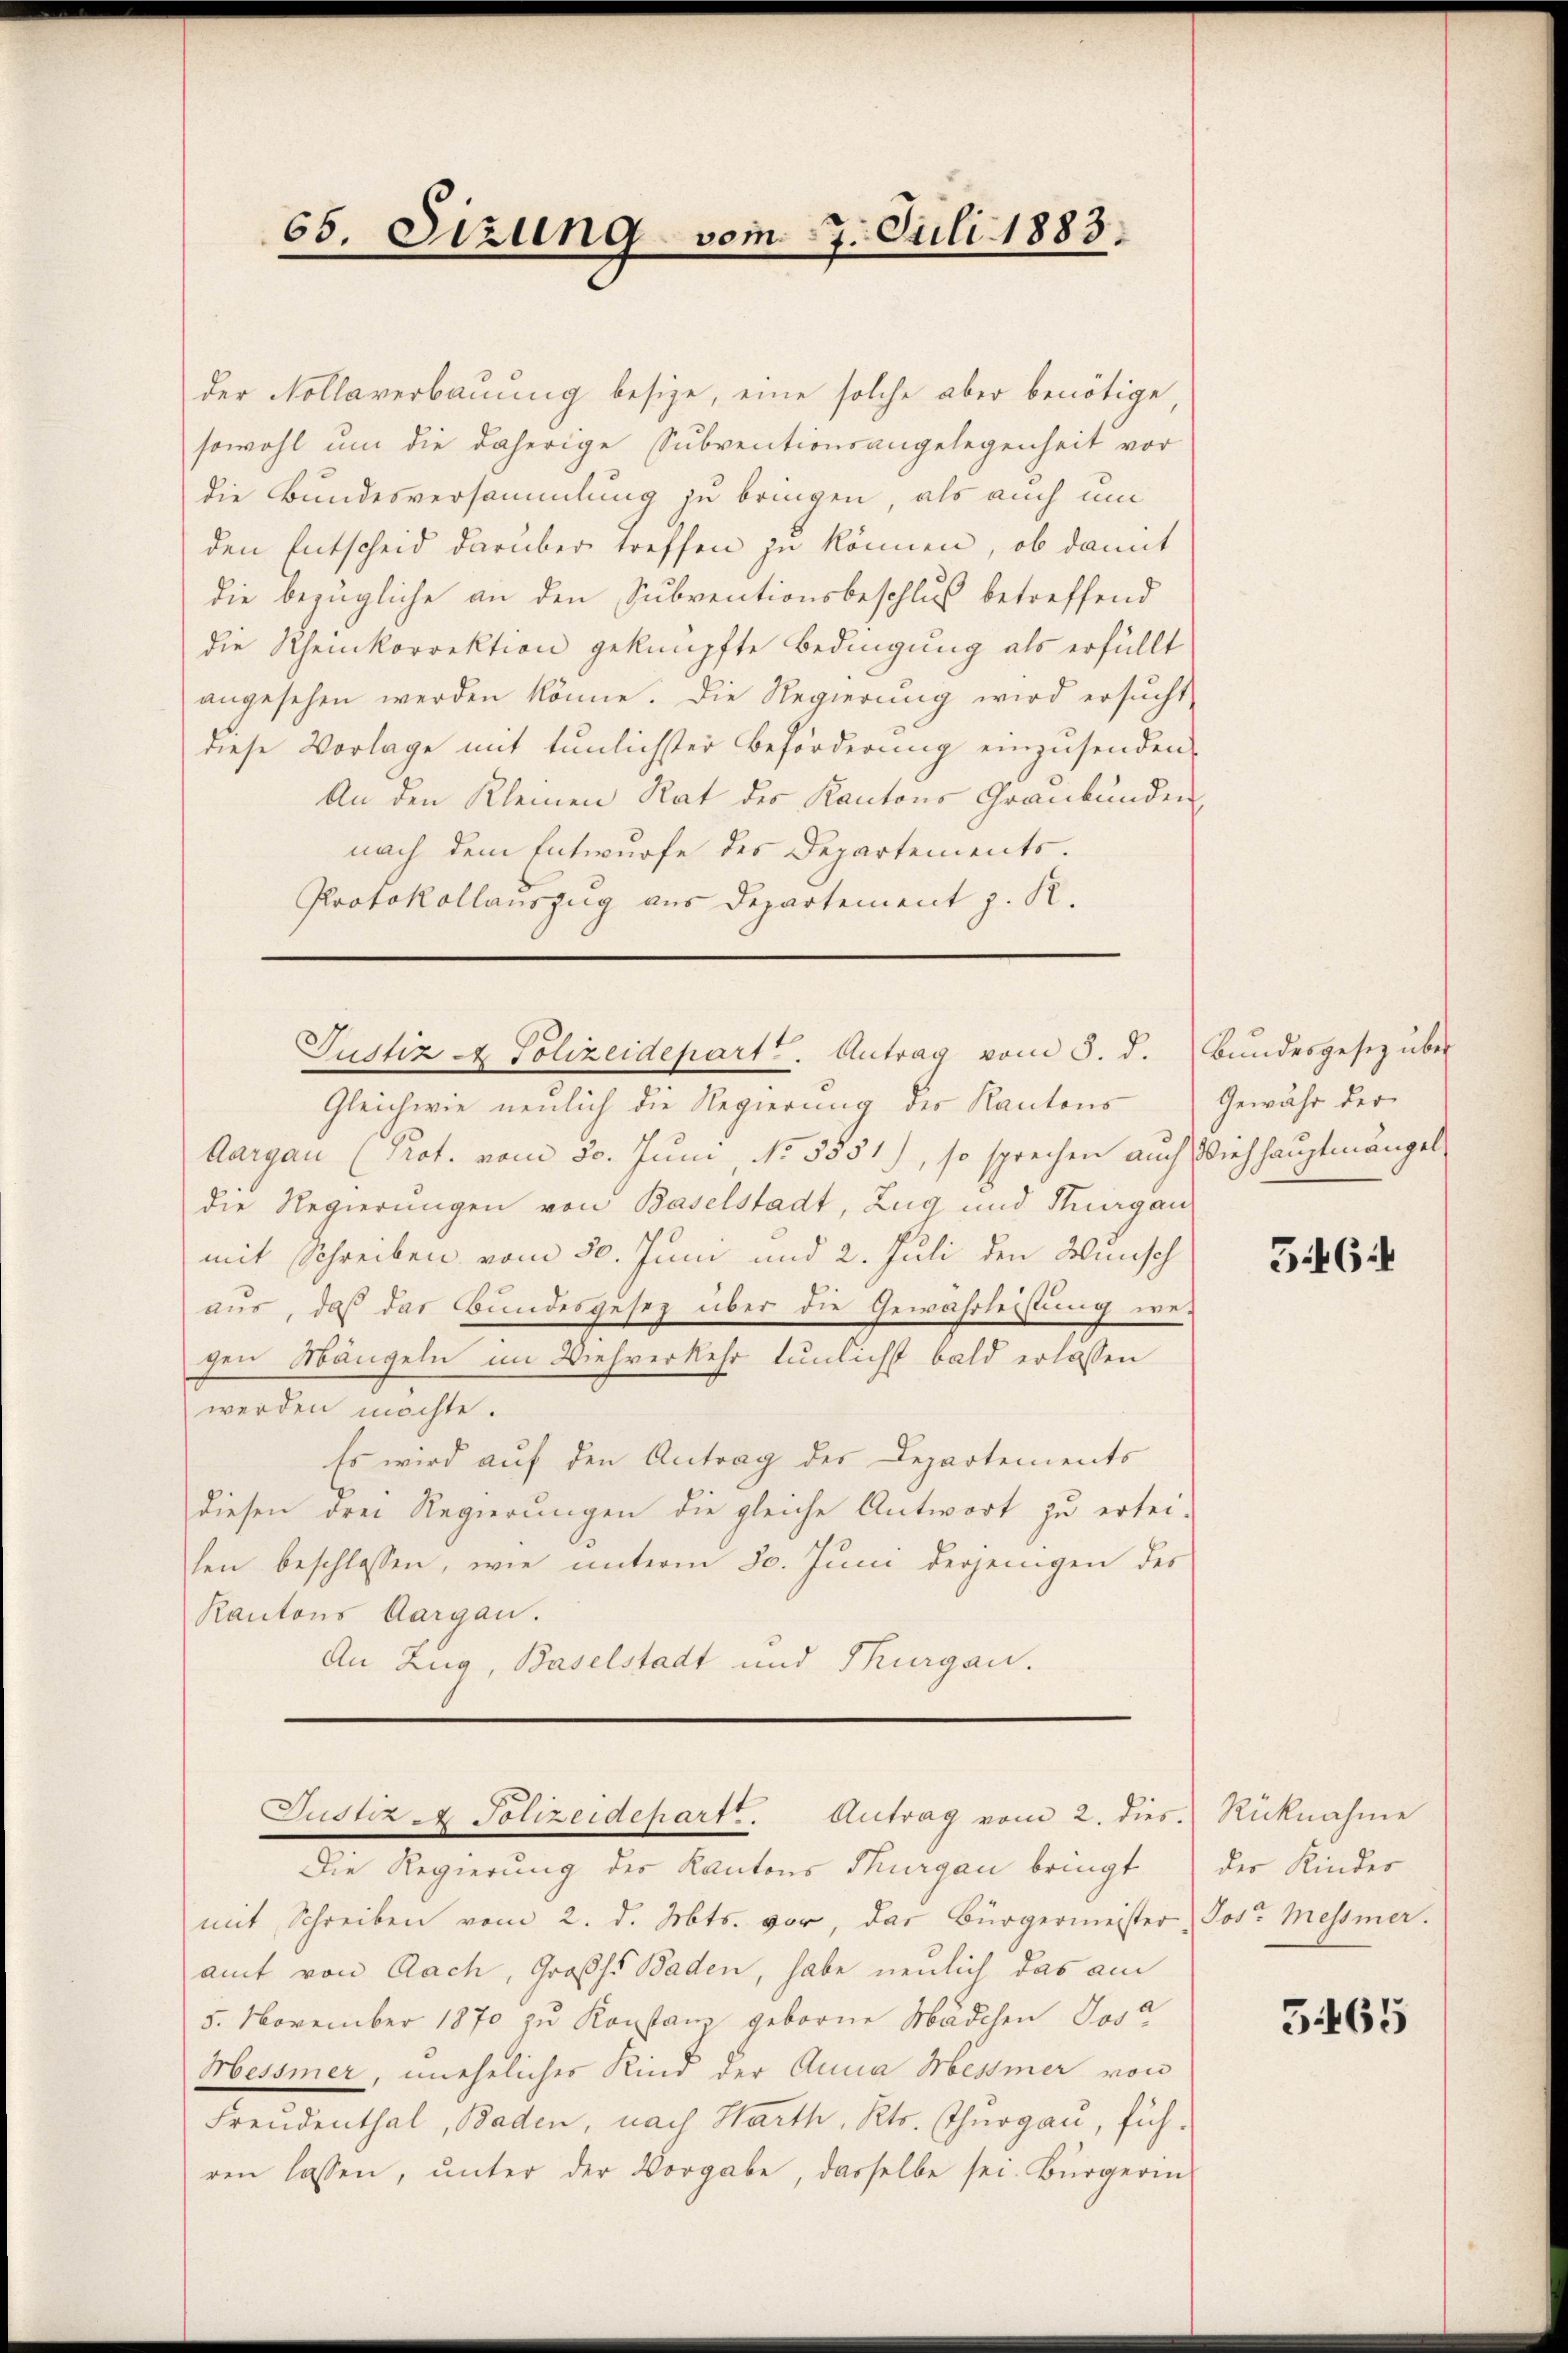
65. Sizung vom 17. Juli 1883.

der Kollaverbauung besize, eine solche aber benötige,
sowohl um die daherige Subventionsangelegenheit vor
die Bundesversammlung zu bringen, als auch um
den Entscheid darüber treffen zu können, ob damit
die bezügliche an den Subventionsbeschluß betreffend
die Rheinkorrektion geknüpfte Bedingung als erfüllt
angesehen werden könne. Die Regierung wird ersucht
diese Vorlage mit tunlichster Beförderung einzusenden.
An den Kleinen Rat des Kantons Graubünden,
nach dem Entwurfe des Departements.
Protokollauszug aus Departement z. R.
Gleichwie neulich die Regierung des Kantons
Aargau (Prot. vom 30. Juni No 5851), so sprechen auch Viehhauptmängel
die Regierungen von Baselstadt, Zug und Stuargau
mit Schreiben vom 30. Juni und 2. Juli den Wunsch
aus, daß das Bundesgesez über die Gewahrleistung we-
gen Mängeln im Viehverkehr tunlichst bald erlassen
werden möchte.
Es wird auf den Antrag der Departements
diesen drei Regierungen die gleiche Antwort zu ertei-
hen beschlossen, wie unterm 30. Juni derjenigen des
Kantons Aargau.
An Zug, Baselstadt und Thurgau.
Justiz - Polizeidepart. Antrag vom 2. dies.
Die Regierung der Kantons Thurgau bringt
mit Schreiben vom 2. d. Mts. vor, das Bürgermeister Jos. Messner.
amt von Aach, Großh. Baden, habe neulich das am
5. November 1870 zu Konstanz geborene Mädchen Jose
Messmer, uneheliches Kind der Anna Messiner von
Freudenthal, Baden, nach Harth, Kts. Thurgau, führen lassen, ŭnter der Vorgabe, dasselbe sei. Bürgerin

Justiz & Polizeidepart. Antrag vom 5. d. Bundesgesetz über

Gewähr der

546:1

Rücknahme
der Kinder

5465